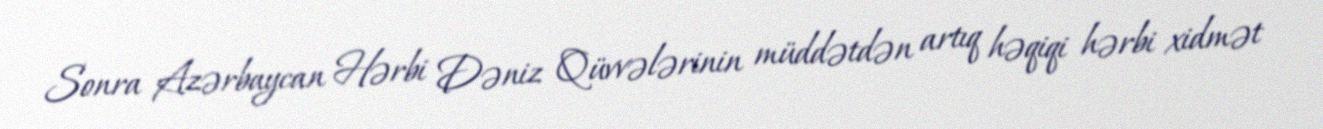
Sonra Azərbaycan Hərbi Dəniz Qüvvələrinin müddətdən artıq həqiqi hərbi xidmət